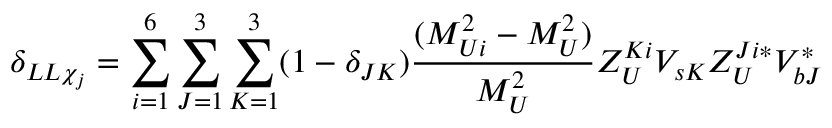
\delta _ { L L \chi _ { j } } = \sum _ { i = 1 } ^ { 6 } \sum _ { J = 1 } ^ { 3 } \sum _ { K = 1 } ^ { 3 } ( 1 - \delta _ { J K } ) \frac { ( M _ { U i } ^ { 2 } - M _ { U } ^ { 2 } ) } { M _ { U } ^ { 2 } } Z _ { U } ^ { K i } V _ { s K } Z _ { U } ^ { J i * } V _ { b J } ^ { * }